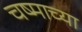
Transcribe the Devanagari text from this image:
चष्माच्या